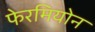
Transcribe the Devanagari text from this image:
फेरमियोन